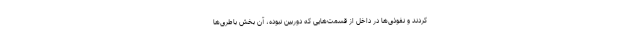
کردند و نفوذی‌ها در داخل از قسمت‌هایی که دوربین نبوده، آن بخش باطری‌ها